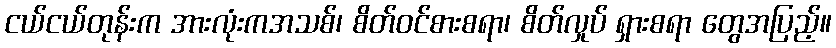
ငယ်ငယ်တုန်းက အားလုံးကအသစ်၊ စိတ်ဝင်စားစရာ၊ စိတ်လှုပ် ရှားစရာ တွေအပြည့်။